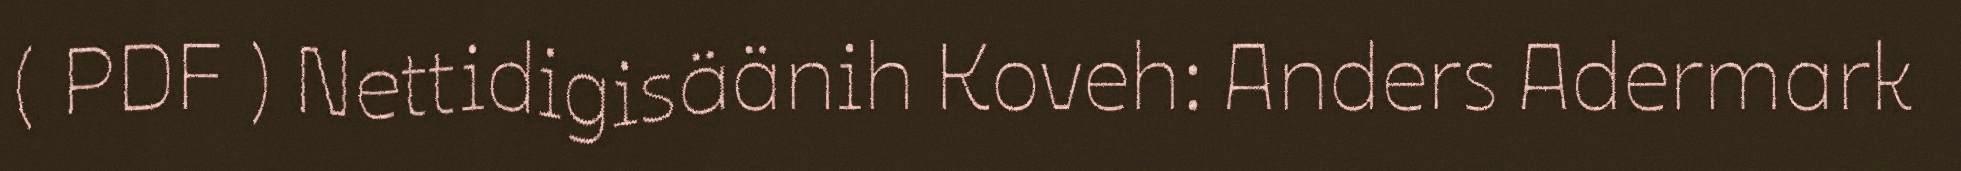
( PDF ) Nettidigisäänih Koveh: Anders Adermark